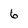
Character: 6